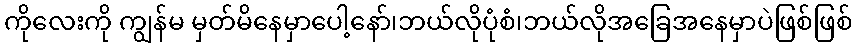
ကိုလေးကို ကျွန်မ မှတ်မိနေမှာပေါ့နော်၊ဘယ်လိုပုံစံ၊ဘယ်လိုအခြေအနေမှာပဲဖြစ်ဖြစ်